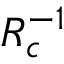
R _ { c } ^ { - 1 }